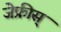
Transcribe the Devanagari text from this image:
जेफ्रीस्